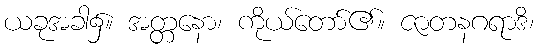
ယခုအခါ၌။ အတ္တနော၊ ကိုယ်တော်၏။ ဇာတနဂရာဒိ၊